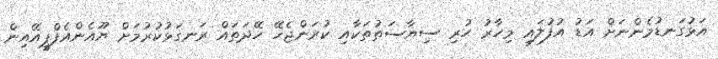
އަޅުގަނޑުމެންނަށް އަޑު އުފުލައި މިހާރު ހުރި ސިޔާސަތުތަކާއި ކުރަންޖެހޭ ހޭދަތައް ރަނގަޅުކުރުމަށް ޔޫއެންއެފްޕީއޭއިން